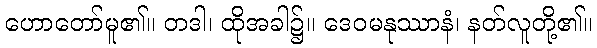
ဟောတော်မူ၏။ တဒါ၊ ထိုအခါ၌။ ဒေဝမနုဿာနံ၊ နတ်လူတို့၏။